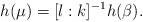
LaTeX: \begin{align*}h(\mu) = [l : k]^{-1} h(\beta).\end{align*}